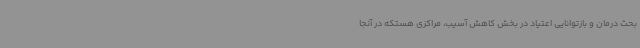
بحث درمان و بازتوانایی اعتیاد در بخش کاهش آسیب، مراکزی هستکه در آنجا